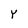
Character: Y